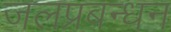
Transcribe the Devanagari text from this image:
जलप्रबन्धन